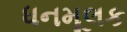
ધનમૂલક